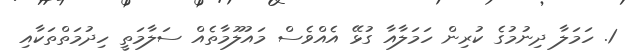
1. ހަމަލާ ދިނުމުގެ ކުރިން ހަމަލާއާ ގުޅޭ އެއްވެސް މައުލޫމާތެއް ސަލާމަތީ ހިދުމަތްތަކާއި